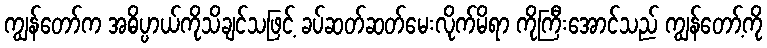
ကျွန်တော်က အဓိပ္ပာယ်ကိုသိချင်သဖြင့် ခပ်ဆတ်ဆတ်မေးလိုက်မိရာ ကိုကြီးအောင်သည် ကျွန်တော့်ကို